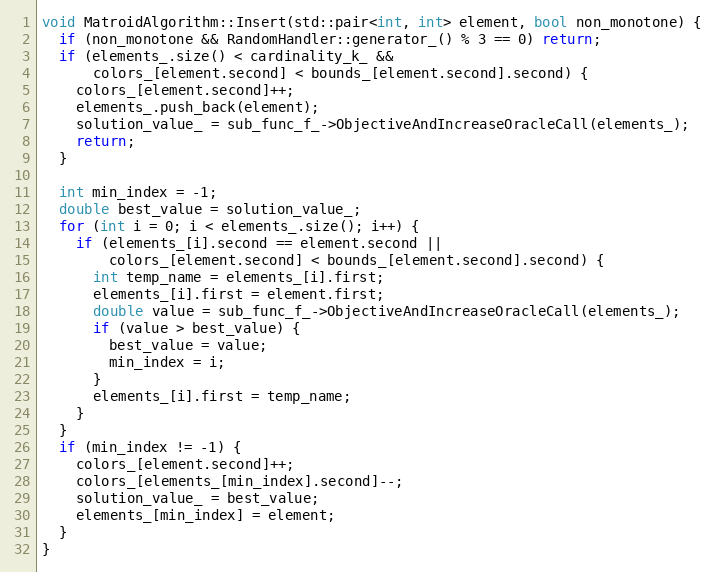
Language: C++
void MatroidAlgorithm::Insert(std::pair<int, int> element, bool non_monotone) {
  if (non_monotone && RandomHandler::generator_() % 3 == 0) return;
  if (elements_.size() < cardinality_k_ &&
      colors_[element.second] < bounds_[element.second].second) {
    colors_[element.second]++;
    elements_.push_back(element);
    solution_value_ = sub_func_f_->ObjectiveAndIncreaseOracleCall(elements_);
    return;
  }

  int min_index = -1;
  double best_value = solution_value_;
  for (int i = 0; i < elements_.size(); i++) {
    if (elements_[i].second == element.second ||
        colors_[element.second] < bounds_[element.second].second) {
      int temp_name = elements_[i].first;
      elements_[i].first = element.first;
      double value = sub_func_f_->ObjectiveAndIncreaseOracleCall(elements_);
      if (value > best_value) {
        best_value = value;
        min_index = i;
      }
      elements_[i].first = temp_name;
    }
  }
  if (min_index != -1) {
    colors_[element.second]++;
    colors_[elements_[min_index].second]--;
    solution_value_ = best_value;
    elements_[min_index] = element;
  }
}